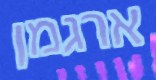
ארגמן